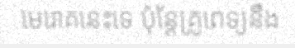
មេរោគនេះទេ ប៉ុន្តែគ្រូពេទ្យនឹង